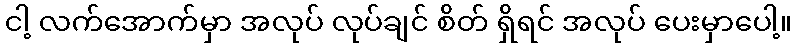
ငါ့ လက်အောက်မှာ အလုပ် လုပ်ချင် စိတ် ရှိရင် အလုပ် ပေးမှာပေါ့။